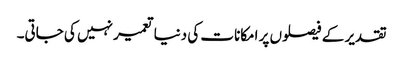
تقدیر کے فیصلوں پر امکانات کی دنیا تعمیر نہیں کی جاتی۔